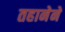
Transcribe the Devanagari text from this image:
तहानेने